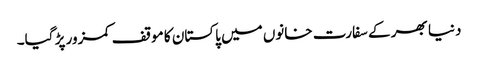
دنیا بھر کے سفارت خانوں میں پاکستان کا موقف کمزور پڑ گیا۔